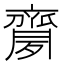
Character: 𪗈